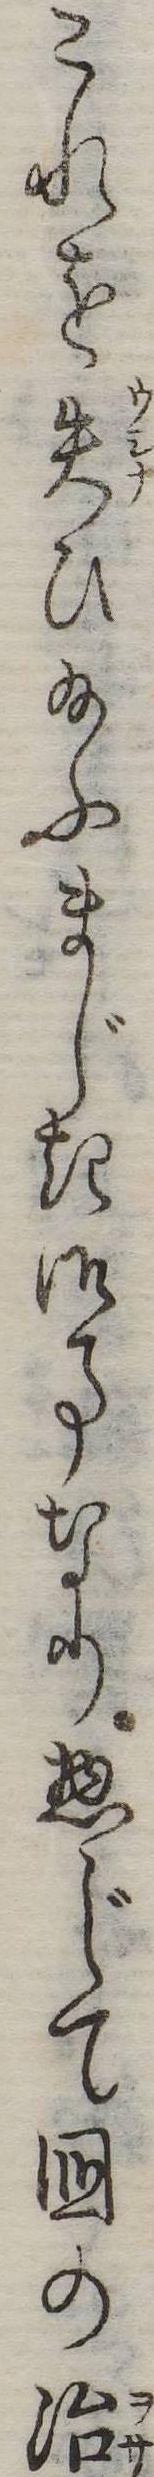
これを失ひ給ふまじき御事なり惣じて国の治